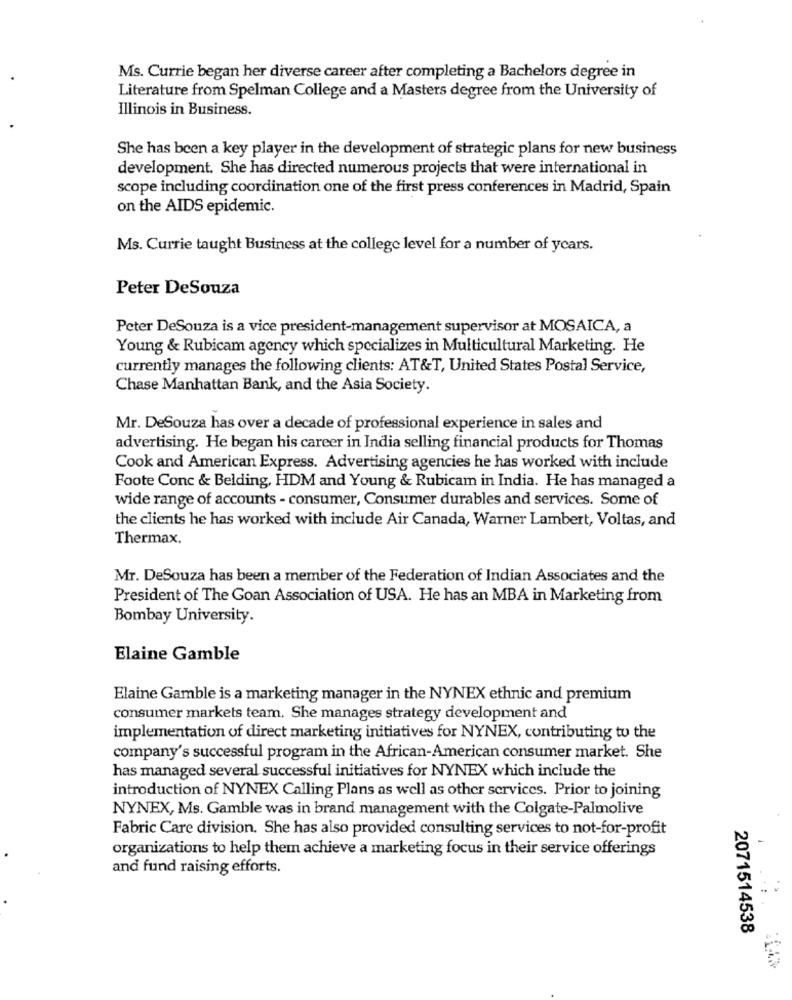
Ms. Currie began her diverse career after completing a Bachelors degree in
Literature from Spelman College and a Masters degree from the University of
Illinois in Business.
She has been a key player in the development of strategic plans for new business
development. She has directed numerous projects that were international in
scope including coordination one of the first press conferences in Madrid, Spain
on the AIDS epidemic.
Ms. Currie taught Business at the college level for a number of years.
Peter DeSouza
Peter DeSouza is a vice president-management supervisor at MOSAICA, a
Young & Rubicam agency which specializes in Multicultural Marketing. He
currently manages the following clients: AT&T, United States Postal Service,
Chase Manhattan Bank, and the Asia Society.
Mr. DeSouza has over a decade of professional experience in sales and
advertising. He began his career in India selling financial products for Thomas
Cook and American Express. Advertising agencies he has worked with include
Foote Conc & Belding, HDM and Young & Rubicam in India. He has managed a
wide range of accounts - consumer, Consumer durables and services. Some of
the clients he has worked with include Air Canada, Warner Lambert, Voltas, and
Thermax.
Mr. DeSouza has been a member of the Federation of Indian Associates and the
President of The Goan Association of USA. He has an MBA in Marketing from
Bombay University.
Elaine Gamble
Elaine Gamble is a marketing manager in the NYNEX ethnic and premium
consumer markets team. She manages strategy development and
implementation of direct marketing initiatives for NYNEX, contributing to the
company's successful program in the African-American consumer market. She
has managed several successful initiatives for NYNEX which include the
introduction of NYNEX Calling Plans as well as other services. Prior to joining
NYNEX, Ms. Gamble was in brand management with the Colgate-Palmolive
Fabric Care division. She has also provided consulting services to not-for-profit
organizations to help them achieve a marketing focus in their service offerings
and fund raising efforts.
2071514538